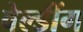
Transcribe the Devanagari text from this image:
वेल्डींग